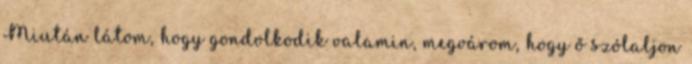
Miután látom, hogy gondolkodik valamin, megvárom, hogy ő szólaljon